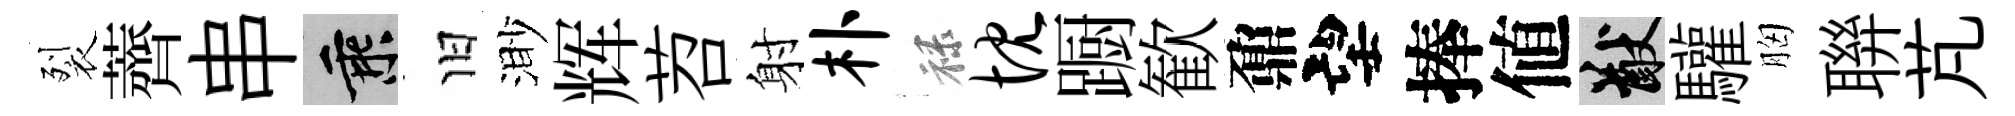
裂薺串乘旧渺辉苕射朴禄忱蹰歓鼐望捧値猷驩胸聨芃